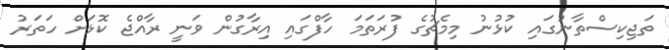
ތަޖިކިސްތާނުގައި ކުޅުނު މިމެޗުގެ ފުރަތަމަ ހާފްގައި އިރާގުން ވަނީ ރާއްޖެ ކޮޅަށް ހަތަރު